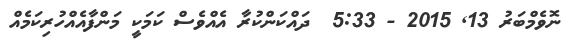
ނޮވެމްބަރު 13